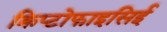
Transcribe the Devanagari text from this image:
क्रिप्टोफाइसिई